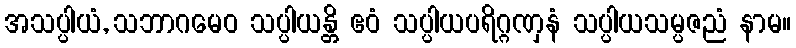
အသပ္ပါယံ, သဘာဂမေဝ သပ္ပါယန္တိ ဧဝံ သပ္ပါယပရိဂ္ဂဏှနံ သပ္ပါယသမ္ပဇညံ နာမ။